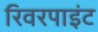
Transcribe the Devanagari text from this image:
रिवरपाइंट